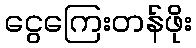
ငွေကြေးတန်ဖိုး